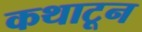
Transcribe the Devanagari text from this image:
कथाटून